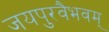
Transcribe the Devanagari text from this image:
जयपुरवैभवम्